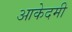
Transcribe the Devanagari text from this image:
आकेदमी